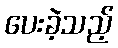
ပေးခဲ့သည့်